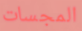
المجسات